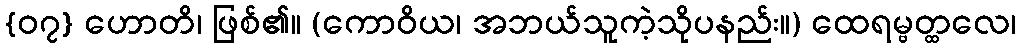
{၀၇} ဟောတိ၊ ဖြစ်၏။ (ကောဝိယ၊ အဘယ်သူကဲ့သိုပနည်း။) ထေရမ္ဗတ္ထလေ၊